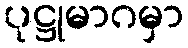
ပုဋ္ဌုမာဂမှာ